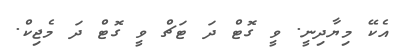
އެކޭ މިޔާދިނީ. ވީ ގޮޓް ދަ ޓަޗް ވީ ގޮޓް ދަ މެޖިކް.